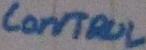
Text: control